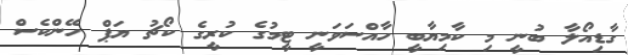
ގާޑިއޯލާ ބުނީ މި ކާމިޔާބީ ހާއްސަވަނީ ޓީމުގެ ކުރީގެ ކޯޗު ޔަޕް ހޭންކެސް